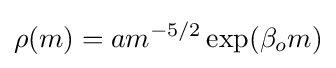
\rho (m)=am^{-5/2}\exp(\beta _{o}m)